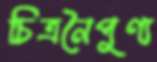
চিত্রনৈপুণ্য